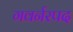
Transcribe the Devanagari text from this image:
गवर्नरपद